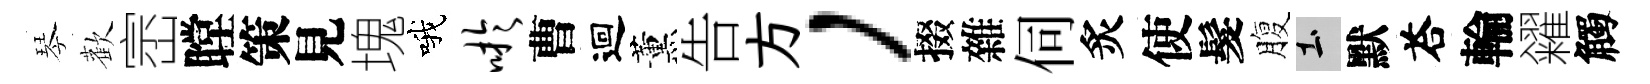
琴歡崈瞠策見塊哦吁曹迴薰告方，掇雜伺炙使髮腹土默荅輪糴觸